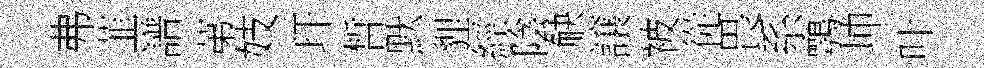
弗韮譜苐妓玕晳默貍經陰觖譲被從畏系鶚坤叶